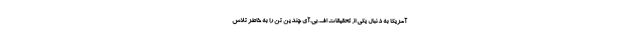
آمریکا به دنبال یکی از تحقیقات اف.بی.آی چندین تن را به خاطر تلاش‌